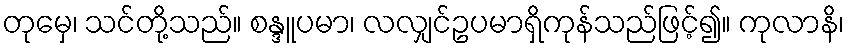
တုမှေ၊ သင်တို့သည်။ စန္ဒူပမာ၊ လလျှင်ဥပမာရှိကုန်သည်ဖြင့်၍။ ကုလာနိ၊